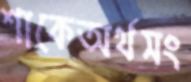
শাকেঅর্থসং